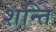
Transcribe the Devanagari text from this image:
शन्ति